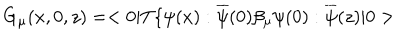
LaTeX: G _ { \mu } ( x , 0 , z ) = < 0 | T \{ \psi ( x ) : \overline { { { \psi } } } ( 0 ) \beta _ { \mu } \psi ( 0 ) : \overline { { { \psi } } } ( z ) | 0 >